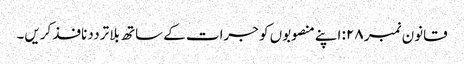
قانون نمبر ۲۸: اپنے منصوبوں کو جرات کے ساتھ بلا ترددنافذ کریں۔